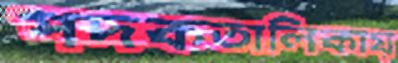
পদকতালিকায়